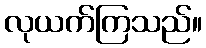
လုယက်ကြသည်။